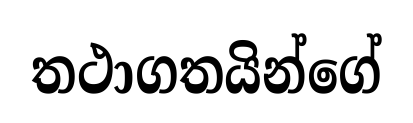
තථාගතයින්ගේ